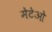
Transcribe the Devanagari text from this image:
मेटेओ